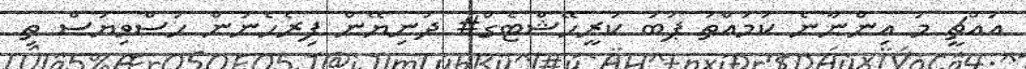
އައްޗީ މަ އިންނާނެ ކަމައްތަ ޕަބު ކުރީހޭޝްޓެގް# ދުނިޔޭން ފިރެހެނުން ހުސްވިޔަސް ތި